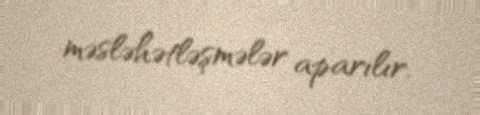
məsləhətləşmələr aparılır.